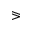
\eqslantgtr